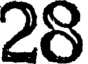
28